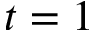
t = 1